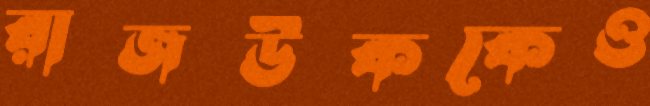
রাজউককেও